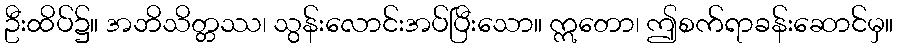
ဦးထိပ်၌။ အဘိသိတ္တဿ၊ သွန်းလောင်းအပ်ပြီးသော။ ဣတော၊ ဤစက်ရာခန်းဆောင်မှ။